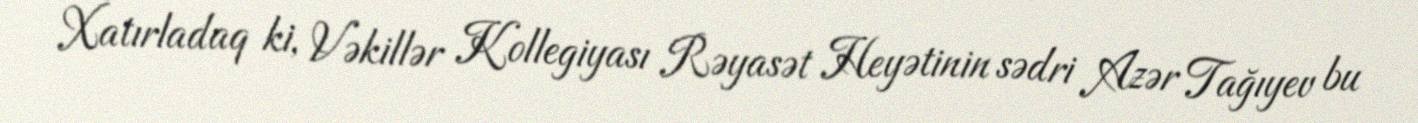
Xatırladaq ki, Vəkillər Kollegiyası Rəyasət Heyətinin sədri Azər Tağıyev bu